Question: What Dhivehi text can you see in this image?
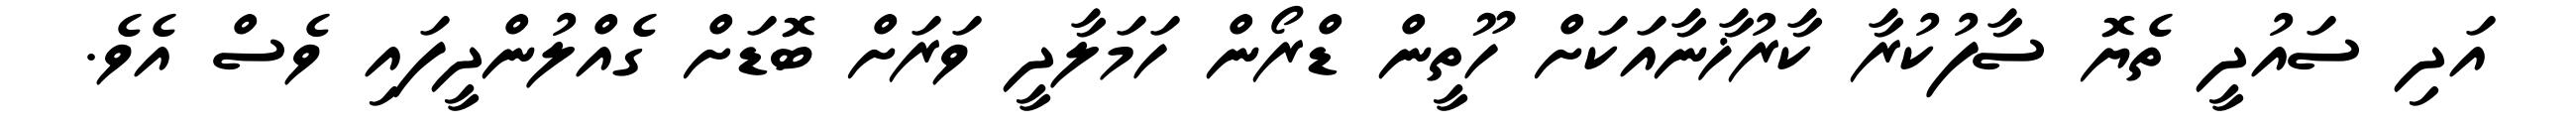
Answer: އަދި ސައުދީ ތެޔޮ ސާފުކުރާ ކާރުޚާނާއަކަށް ހޫތީން ޑްރޯން ހަމަލާދީ ވަރަށް ބޮޑަށް ގެއްލުންދީފައި ވެސް އެވެ.